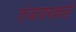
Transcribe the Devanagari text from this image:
तंजावरकडे